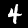
Digit: 4